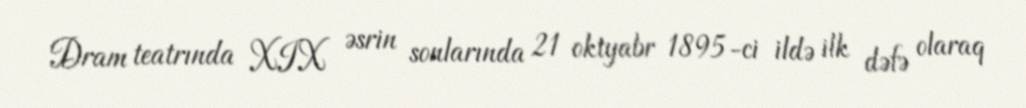
Dram teatrında XIX əsrin sonlarında 21 oktyabr 1895-ci ildə ilk dəfə olaraq